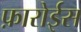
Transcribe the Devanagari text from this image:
फ़ारोईस